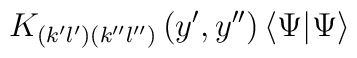
K_{\left( k^{\prime }l^{\prime }\right) \left( k^{\prime \prime }l^{\prime\prime }\right) }\left( y^{\prime },y^{\prime \prime }\right) \left\langle\Psi |\Psi \right\rangle